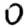
Digit: 0